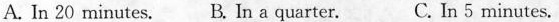
A. In 20 minutes. B. In a quarter. C. In 5 minutes.